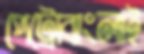
পেট্রোবাংলাই